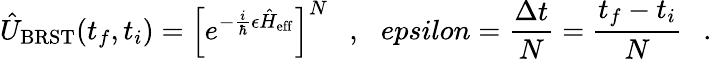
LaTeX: \hat{U}_{\mathrm{BRST}}(t_{f},t_{i})=\left[e^{-\frac{i}{\hbar}\epsilon\hat{H}_{\mathrm{eff}}}\right]^{N}\ \ \ ,\ \ \, epsilon=\frac{\Delta t}{N}=\frac{t_{f}-t_{i}}{N}\ \ \ .